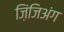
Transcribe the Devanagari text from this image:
ज़िंजिअंग